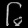
Digit: ၆